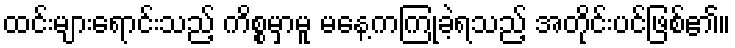
ထင်းများရောင်းသည့် ကိစ္စမှာမူ မနေ့ကကြုံခဲ့ရသည့် အတိုင်းပင်ဖြစ်၏။